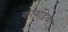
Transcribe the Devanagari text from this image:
कावडिया